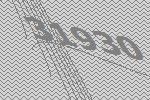
31930